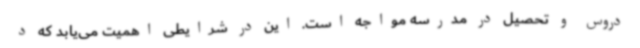
دروس و تحصیل در مدرسه مواجه است. این در شرایطی اهمیت می‌یابد که د